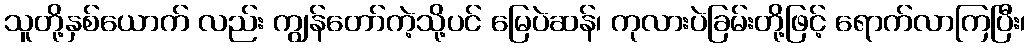
သူတို့နှစ်ယောက် လည်း ကျွန်တော်ကဲ့သို့ပင် မြေပဲဆန်၊ ကုလားပဲခြမ်းတို့ဖြင့် ရောက်လာကြပြီး၊